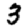
Digit: 3